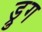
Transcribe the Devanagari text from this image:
ड्रुग